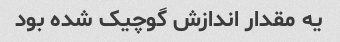
یه مقدار اندازش گوچیک شده بود